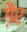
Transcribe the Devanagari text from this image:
गै़र